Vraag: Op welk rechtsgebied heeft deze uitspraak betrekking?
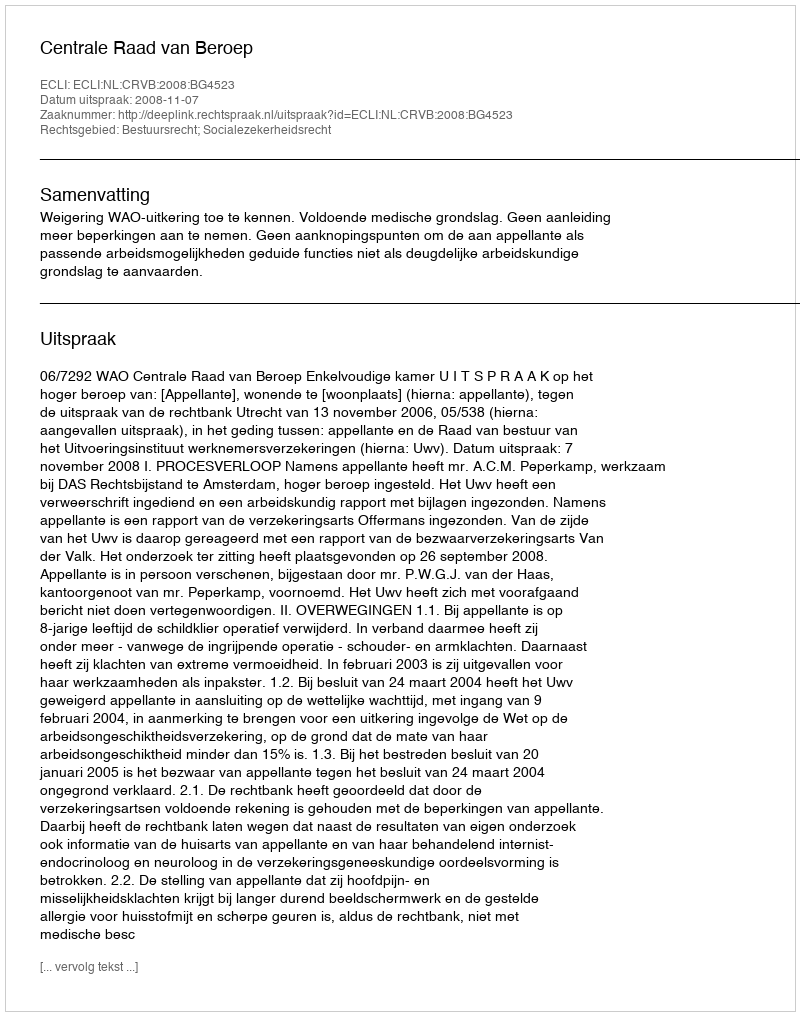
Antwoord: Bestuursrecht; Socialezekerheidsrecht